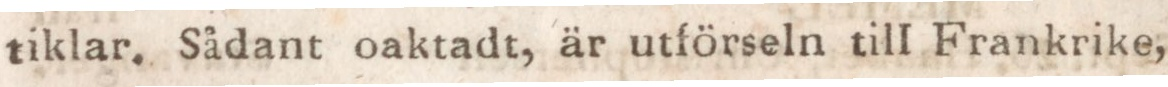
tiklar. Sådant oaktadt, är utförseln till Frankrike,